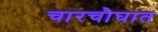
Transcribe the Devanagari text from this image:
चारचौघात